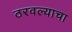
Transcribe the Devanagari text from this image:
ठरवल्याचा